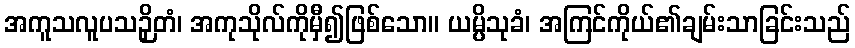
အကူသလူပသဉှိတံ၊ အကုသိုလ်ကိုမှီ၍ဖြစ်သော။ ယမ္ပိသုခံ၊ အကြင်ကိုယ်၏ချမ်းသာခြင်းသည်